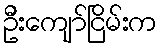
ဦးကျော်ငြိမ်းက